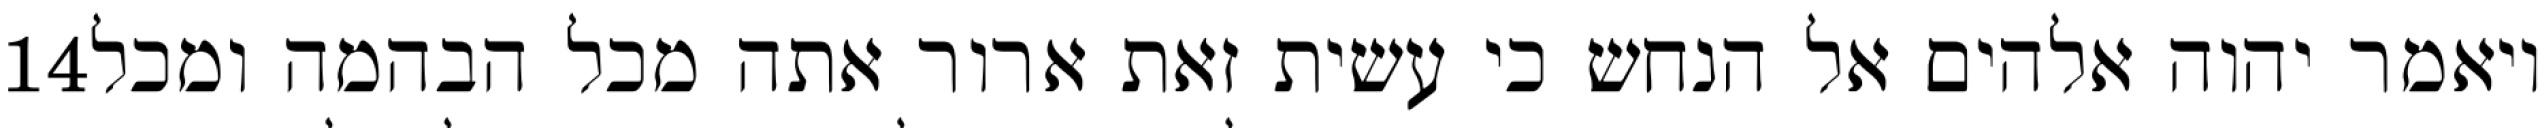
‎14‏ ויאמר יהוה אלהים אל הנחש כי עשית זאת ארור אתה מכל הבהמה ומכל